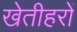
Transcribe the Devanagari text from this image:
खेतीहरों